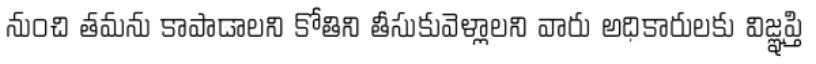
నుంచి తమను కాపాడాలని కోతిని తీసుకువెళ్లాలని వారు అధికారులకు విజ్ఞప్తి